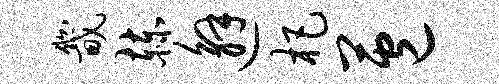
畿赫邂杷苞